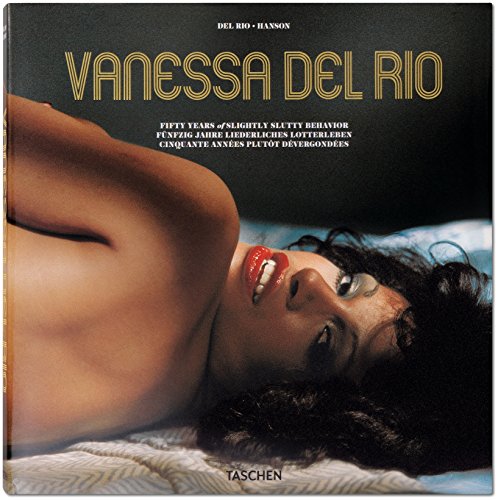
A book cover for Vanessa del Rio; Dian Hanson; Politics & Social Sciences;